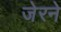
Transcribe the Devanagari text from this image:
जेरने